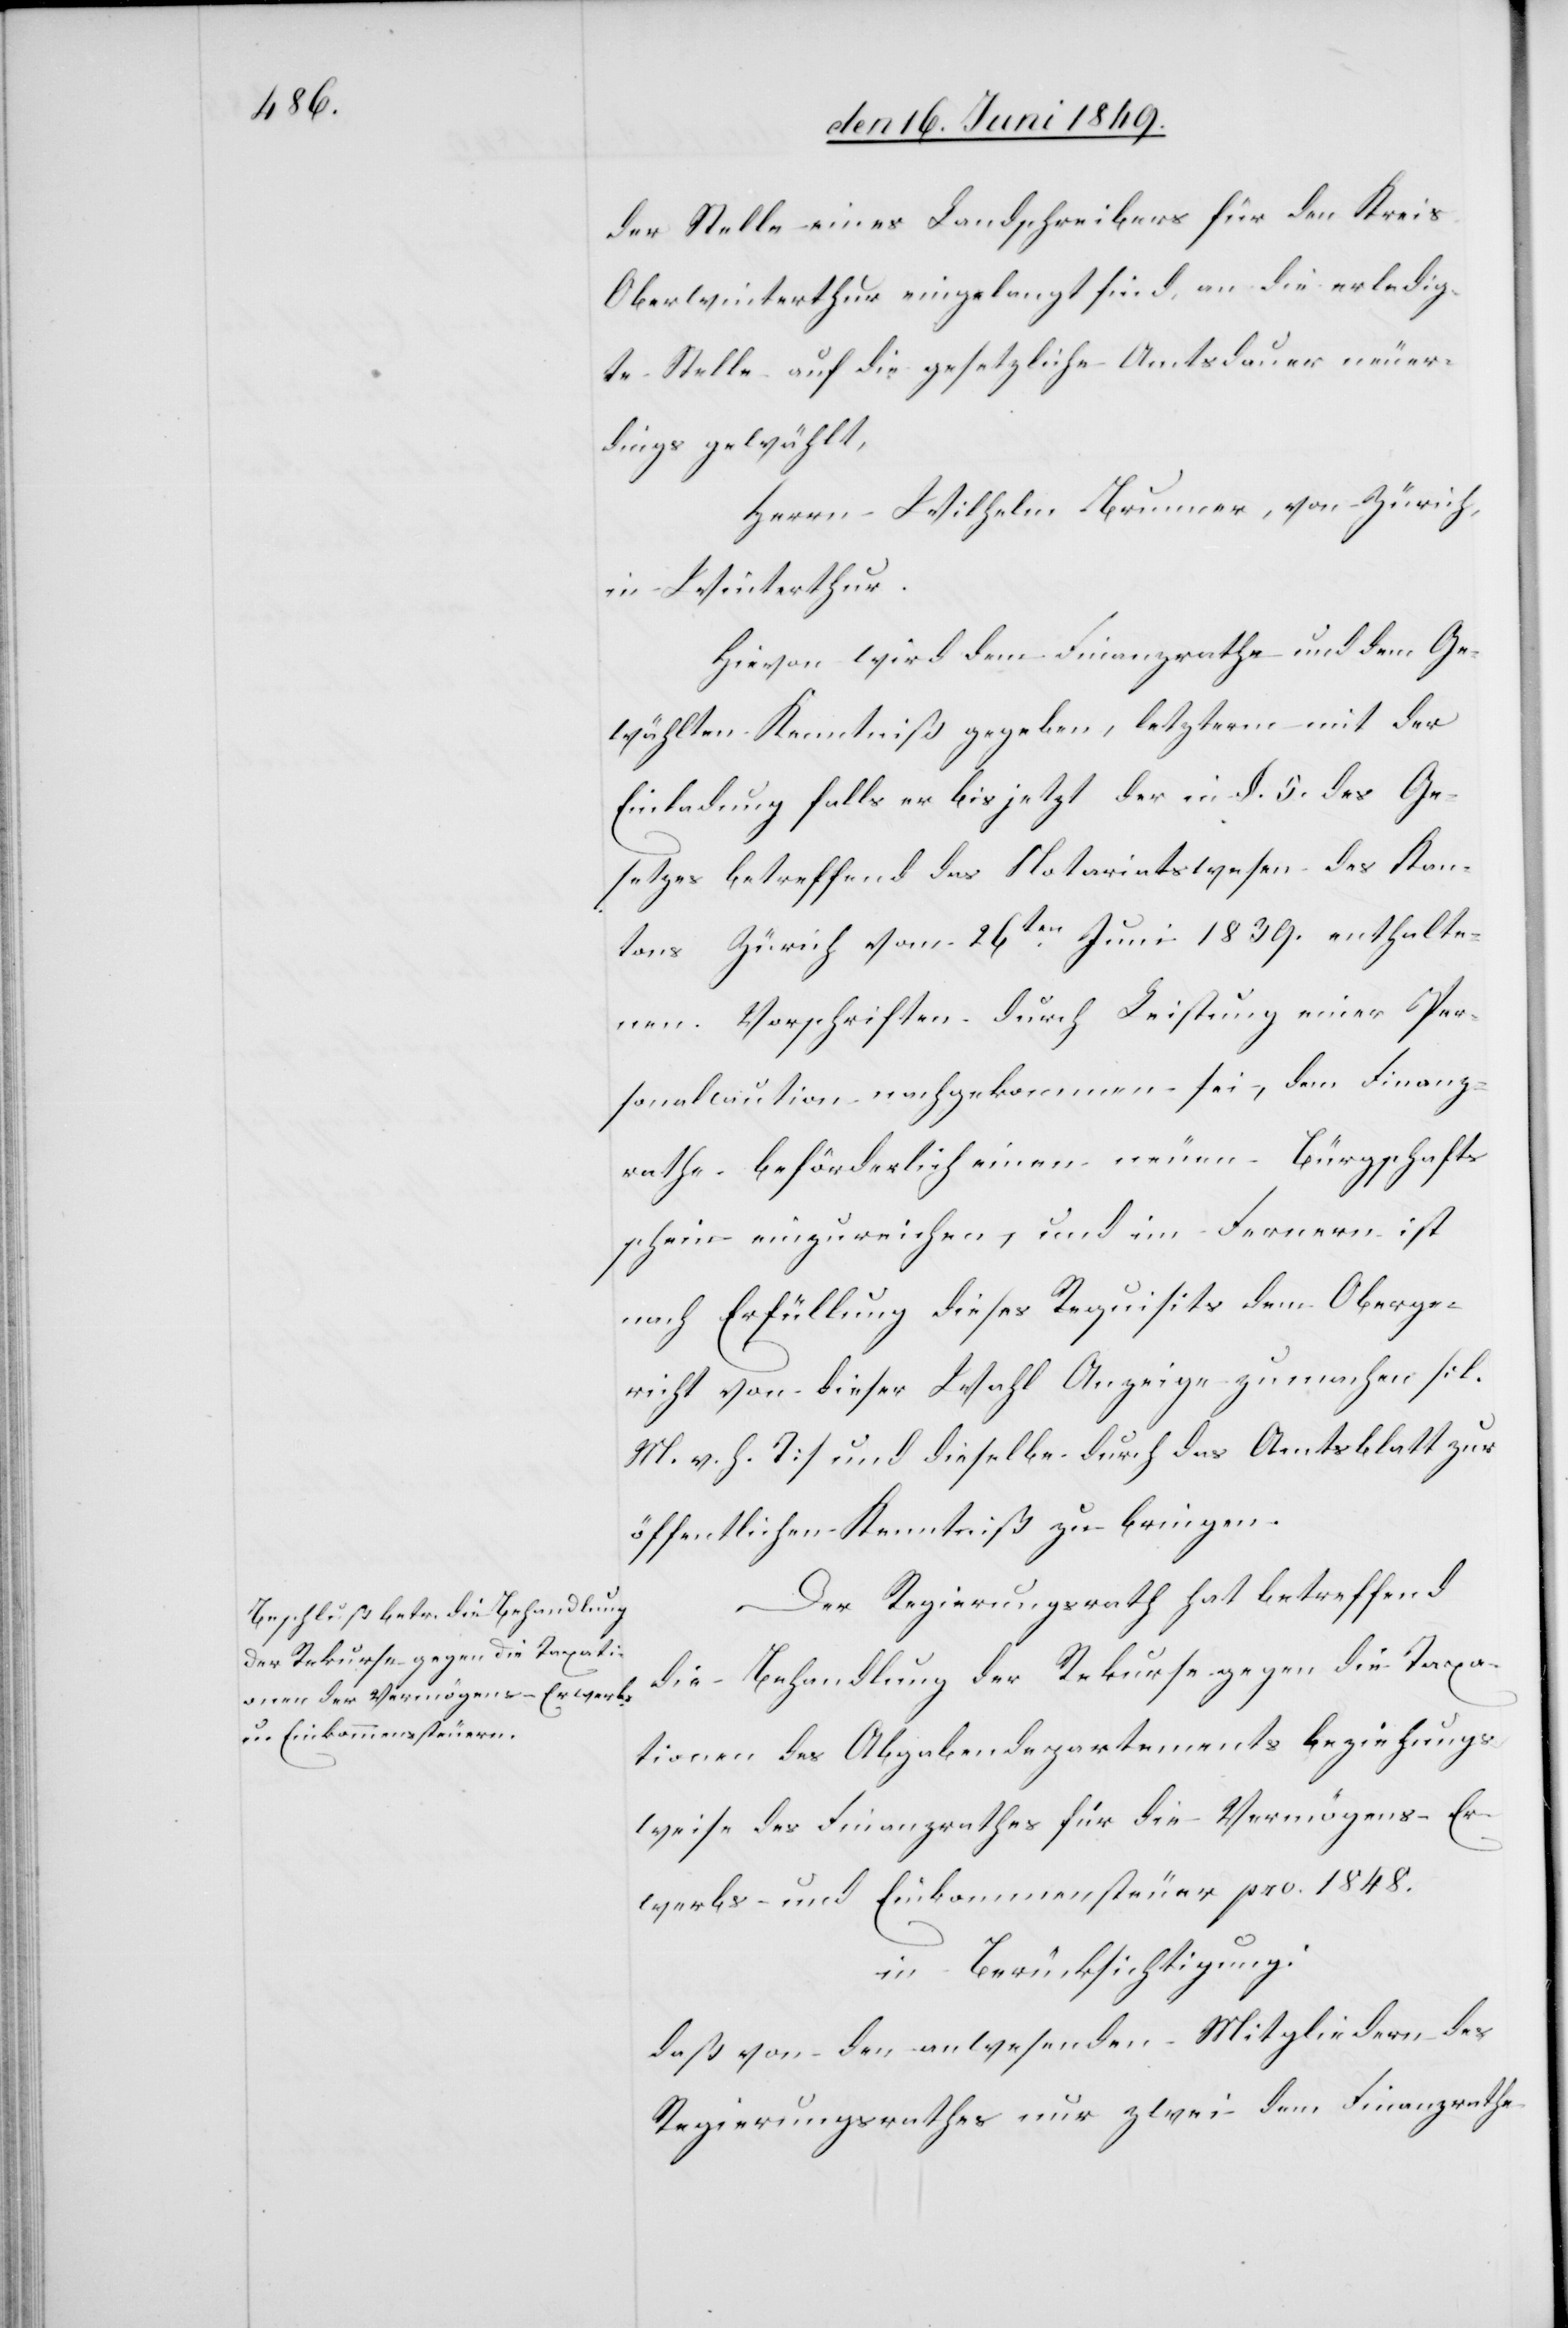
der Stelle eines Landschreibers für den Kreis
Oberwinterthur eingelangt sind, an die erledig¬
te Stelle auf die gesetzliche Amtsdauer neuer¬
dings gewählt,
Herrn Wilhelm Brunner, von Zürich,
in Winterthur.
Hievon wird dem Finanzrathe und dem Ge¬
wählten Kenntniß gegeben, letzterm mit der
Einladung falls er bis jetzt der in §. 5. des Ge¬
setzes betreffend das Notariatswesen des Kan¬
tons Zürich vom 26ten Juni 1839. enthalte¬
nen Vorschriften durch Leistung einer Per¬
sonalcaution nachgekommen sei, dem Finanz¬
rathe beförderlich einen neuen Bürgschafts¬
schein einzureichen, und im Fernern ist
nach Erfüllung dieses Requisits dem Oberge¬
richt von dieser Wahl Anzeige zu machen [l.
M. h. T] und dieselben durch das Amtsblatt zur
öffentlichen Kenntniß zu bringen.
Der Regierungsrath hat betreffend
die Behandlung der Rekurse gegen die Taxa¬
tionen des Abgabendepartements beziehungs¬
weise des Finanzrathes für die Vermögens- Er¬
werbs- und Einkommenssteuer pro. 1848.
in Berücksichtigung:
daß von den anwesenden Mitgliedern des
Regierungsrathes nur zwei dem Finanzrathe